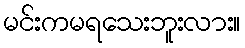
မင်းကမရသေးဘူးလား။